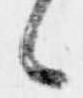
候